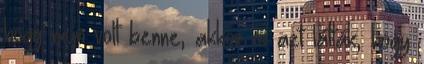
hogy nem volt benne, akkor is azt látták, hogy